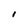
Character: I